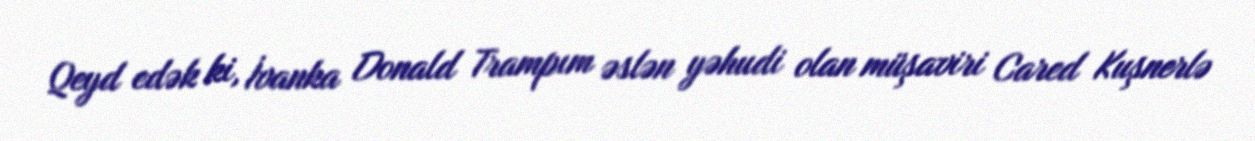
Qeyd edək ki, İvanka Donald Trampım əslən yəhudi olan müşaviri Cared Kuşnerlə